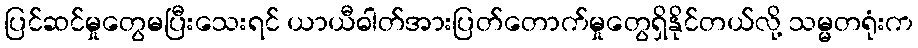
ပြင်ဆင်မှုတွေမပြီးသေးရင် ယာယီဓါတ်အားပြတ်တောက်မှုတွေရှိနိုင်တယ်လို့ သမ္မတရုံးက